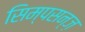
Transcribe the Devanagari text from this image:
सिम्पसन्ज़